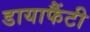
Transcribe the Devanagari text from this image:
डायाफैंटी